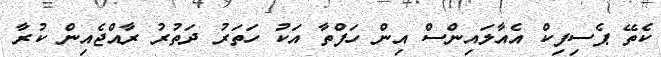
ކެތޭ ޕެސިފިކް އެއާލައިންސް އިން ހަފްތާ އަކު ހަތަރު ދަތުރު ރާއްޖެއިން ކުރާ